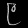
Digit: ၉